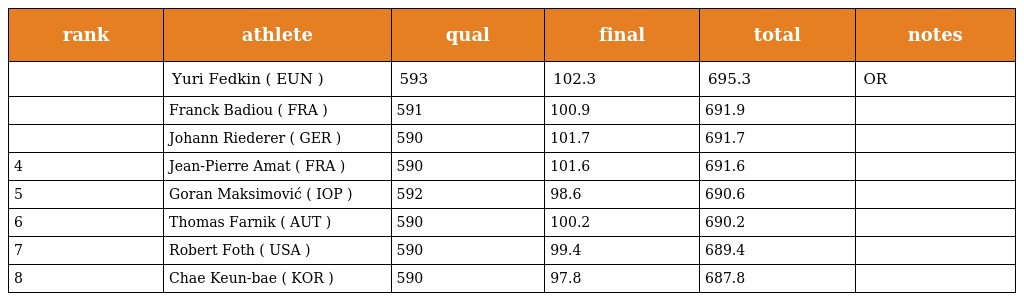
| rank | athlete | qual | final | total | notes |
 | --- | --- | --- | --- | --- | --- |
 |  | Yuri Fedkin ( EUN ) | 593 | 102.3 | 695.3 | OR |
 |  | Franck Badiou ( FRA ) | 591 | 100.9 | 691.9 |  |
 |  | Johann Riederer ( GER ) | 590 | 101.7 | 691.7 |  |
 | 4 | Jean-Pierre Amat ( FRA ) | 590 | 101.6 | 691.6 |  |
 | 5 | Goran Maksimović ( IOP ) | 592 | 98.6 | 690.6 |  |
 | 6 | Thomas Farnik ( AUT ) | 590 | 100.2 | 690.2 |  |
 | 7 | Robert Foth ( USA ) | 590 | 99.4 | 689.4 |  |
 | 8 | Chae Keun-bae ( KOR ) | 590 | 97.8 | 687.8 |  |